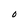
Character: O